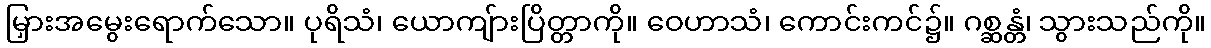
မြှားအမွေးရောက်သော။ ပုရိသံ၊ ယောကျ်ားပြိတ္တာကို။ ဝေဟာသံ၊ ကောင်းကင်၌။ ဂစ္ဆန္တံ၊ သွားသည်ကို။